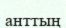
анттың